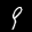
Label: 9